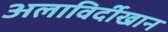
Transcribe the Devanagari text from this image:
अलाविर्दीखान